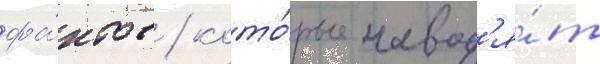
фа́ктов / кото́рые навод'я́т